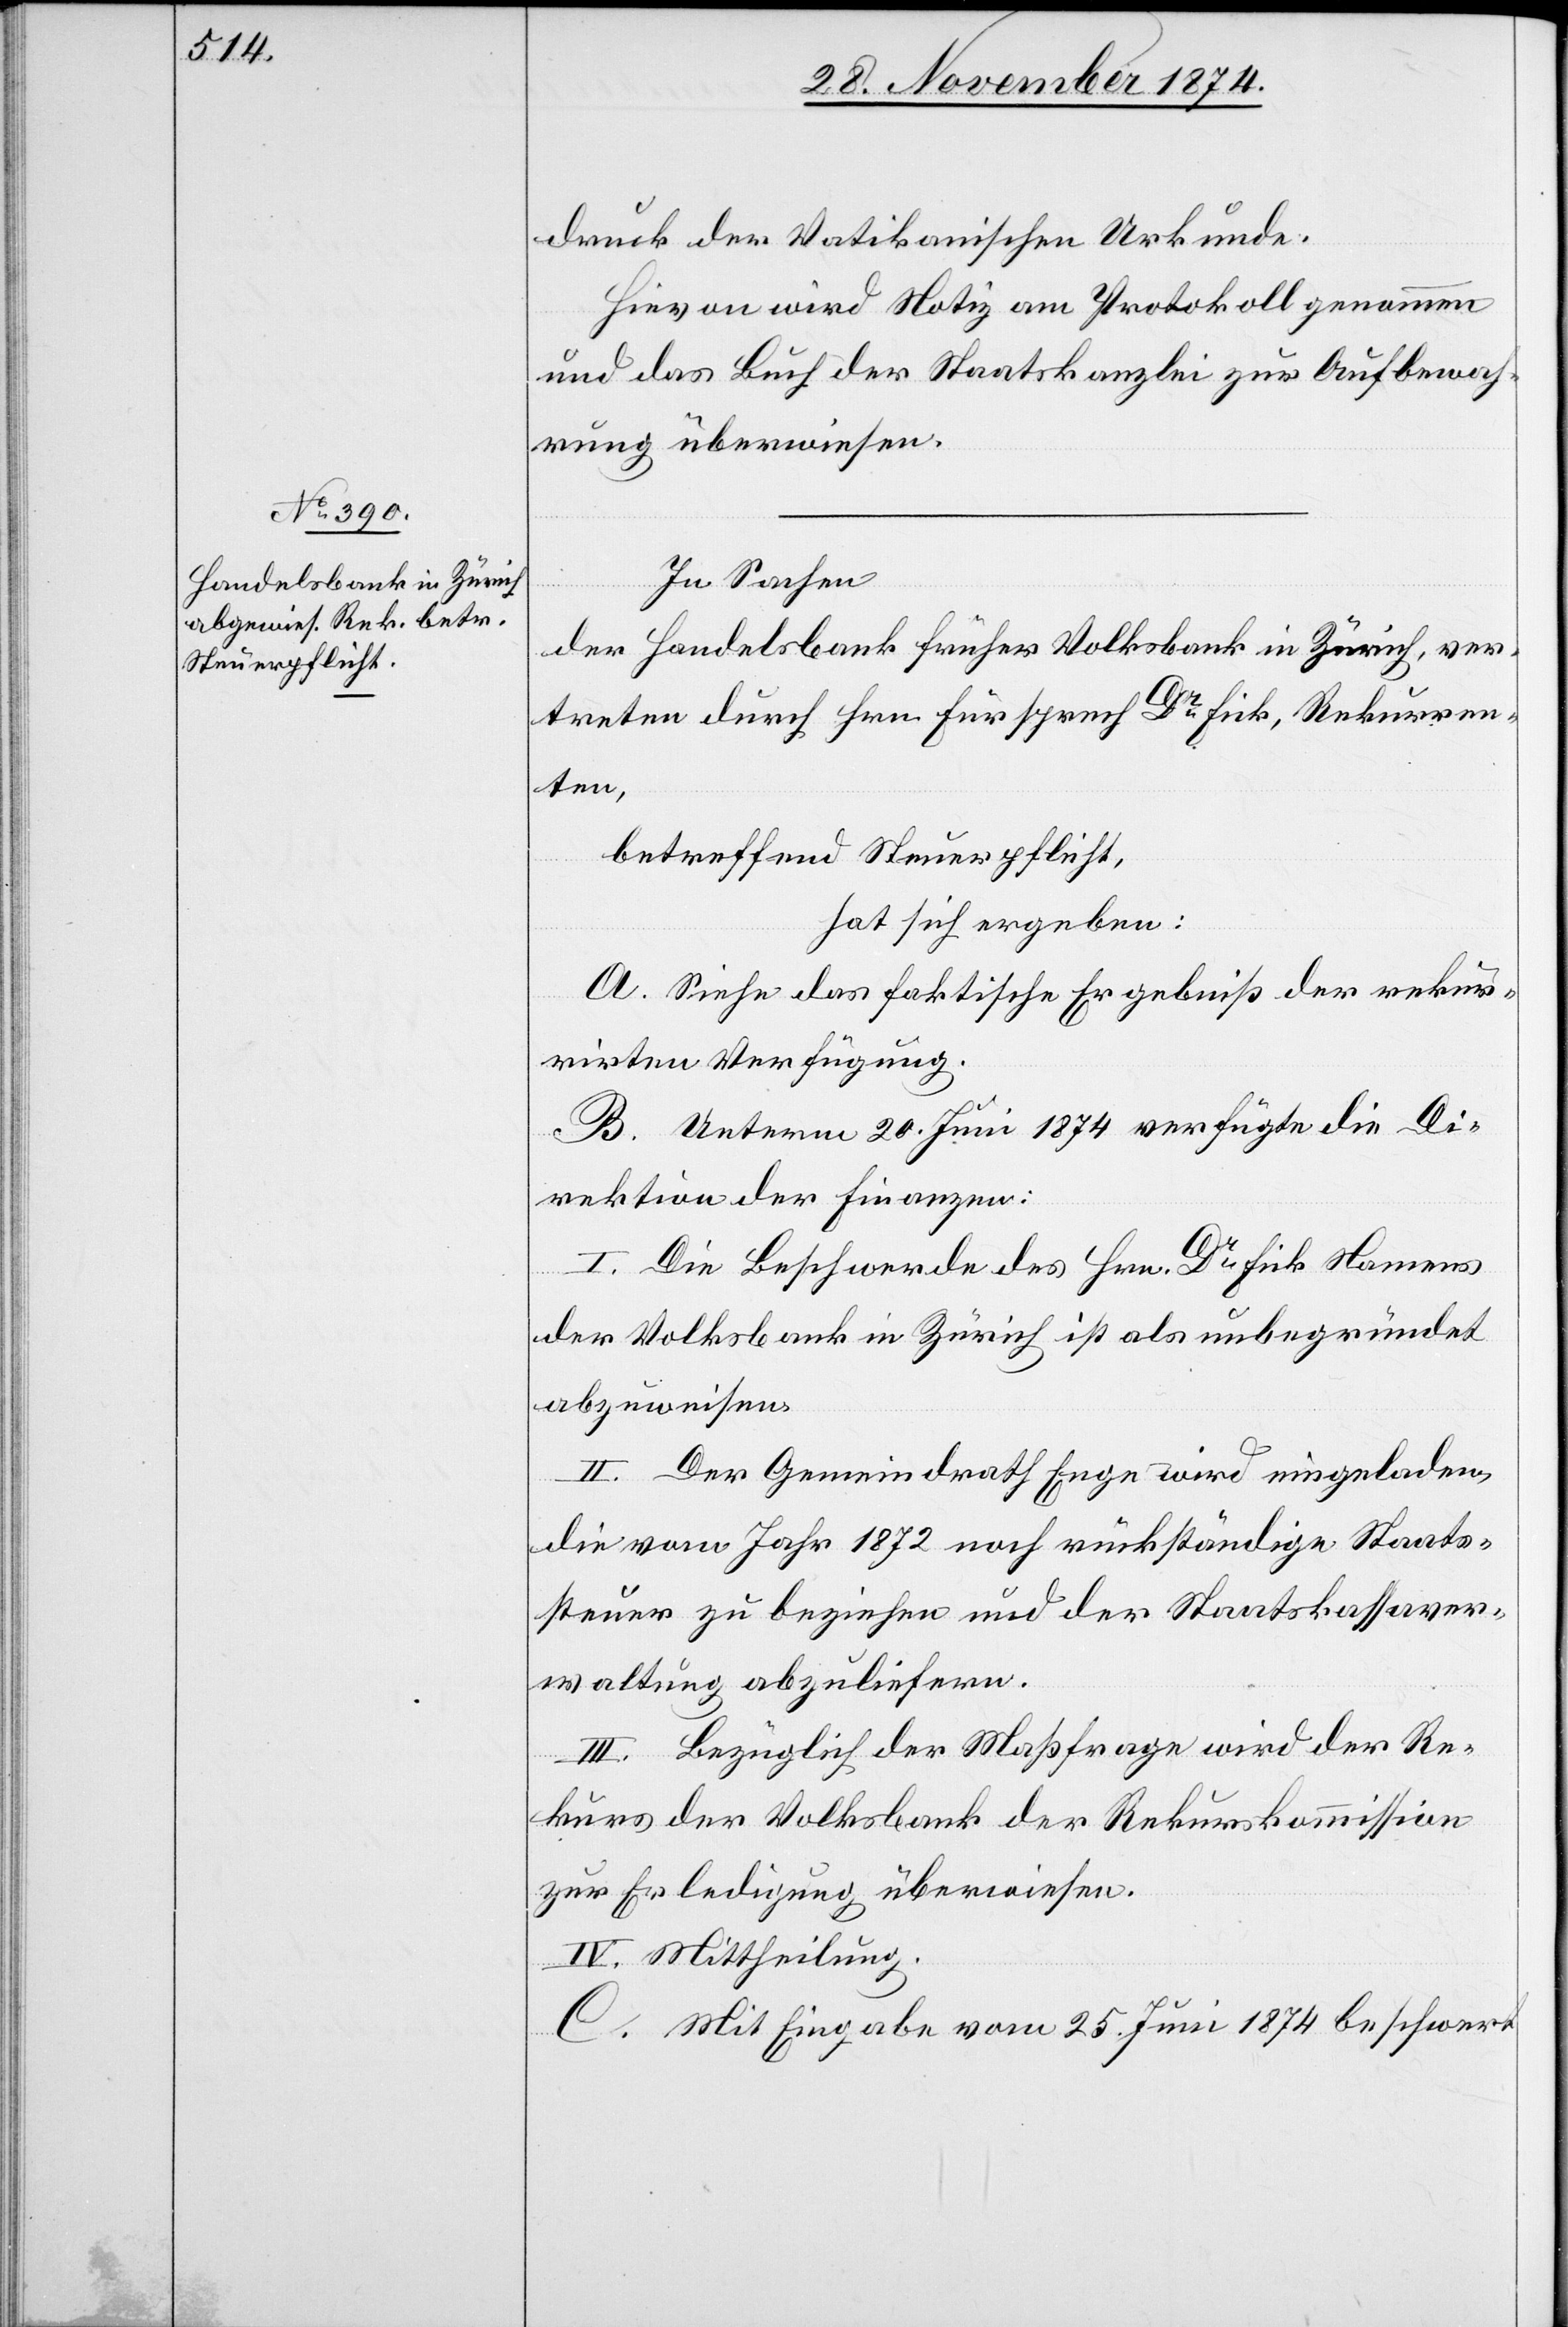
druck der Vatikanischen Urkunde.
Hievon wird Notiz am Protokoll genommen
und das Buch der Staatskanzlei zur Aufbewah¬
rung überwiesen.
In Sachen
der Handelsbank[,] früher Volksbank in Zürich, ver¬
treten durch Hrn. Fürsprech Dr Fick, Rekurren¬
ten,
betreffend Steuerpflicht,
hat sich ergeben:
A. Siehe das faktische Ergebniß der rekur¬
rirten Verfügung.
B. Unterm 20. Juni 1874 verfügte die Di¬
rektion der Finanzen:
I. Die Beschwerde des Hrn. Dr Fick Namens
der Volksbank in Zürich ist als unbegründet
abzuweisen.
II. Der Gemeindrath Enge wird eingeladen,
die vom Jahr 1872 noch rückständige Staats¬
steuer zu beziehen und der Staatskassaver¬
waltung abzuliefern.
III. Bezüglich der Maßfrage wird der Re¬
kurs der Volksbank der Rekurskommission
zur Erledigung überwiesen.
IV. Mittheilung.
C. Mit Eingabe vom 25. Juni 1874 beschwert